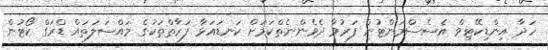
ހަދާ އިންޑިކޭޓިވް އެސެސްމަންޓުން ފަރުވާ ދެވެންނެތްކަމަށް ކަނޑައަޅާ ފަރާތްތަކުގެ މައްސަލަތައް ޑްރަގް ކޯޓުން